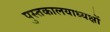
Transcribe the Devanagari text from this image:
पुस्तकालयाध्यक्षों